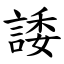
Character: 諉